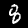
Label: 8